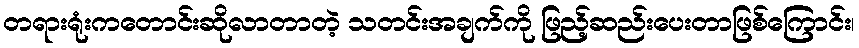
တရားရုံးကတောင်းဆိုလာတာတဲ့ သတင်းအချက်ကို ဖြည့်ဆည်းပေးတာဖြစ်ကြောင်း၊